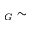
_ G \sim